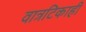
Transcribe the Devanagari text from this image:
वात्रटिकाही